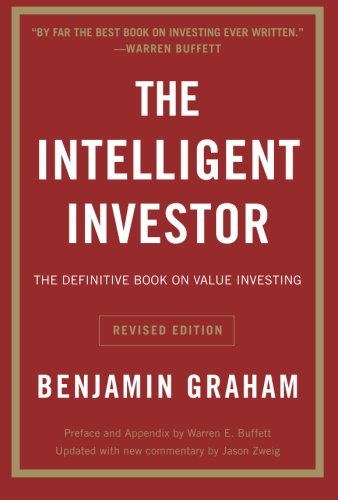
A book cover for The Intelligent Investor: The Definitive Book on Value Investing. A Book of Practical Counsel (Revised Edition) (Collins Business Essentials); Benjamin Graham; Business & Money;